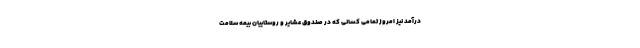
درآمد نیز امروز تمامی کسانی که در صندوق عشایر و روستاییان بیمه سلامت